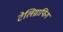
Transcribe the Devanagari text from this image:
टेलिग्राफिंग